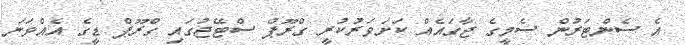
އެ ސެންޓަރުން ސެމީގެ ޖާގައެއް ކަށަވަރުކުރީ ގްރޫޕް ސްޓޭޖުގައި ގްރޫޕް ޑީގެ އެއްވަނަ